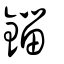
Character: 錙